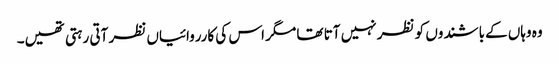
وہ وہاں کےباشندوں کو نظر نہیں آتا تھا مگر اس کی کارروائیاں نظر آتی رہتی تھیں۔